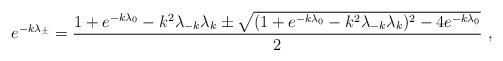
LaTeX: \begin{align*}e^{-k\lambda_{\pm}}={1+e^{-k\lambda_0}-k^2\lambda_{-k}\lambda_k\pm \sqrt{(1+e^{-k\lambda_0}-k^2\lambda_{-k}\lambda_k)^2-4e^{-k\lambda_0}}\over2} \ ,\end{align*}